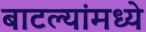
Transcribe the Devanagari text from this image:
बाटल्यांमध्ये